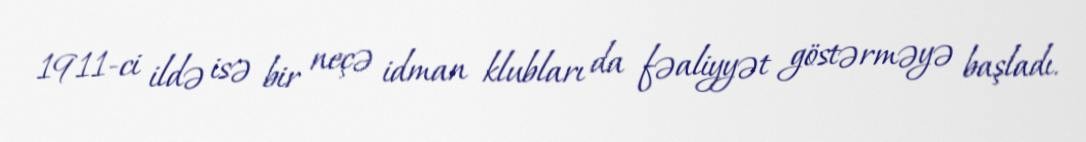
1911-ci ildə isə bir neçə idman klubları da fəaliyyət göstərməyə başladı.